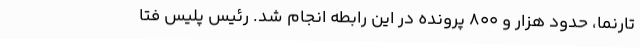
تارنما، حدود هزار و 800 پرونده در این رابطه انجام شد. رئیس پلیس فتا